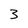
Character: 3